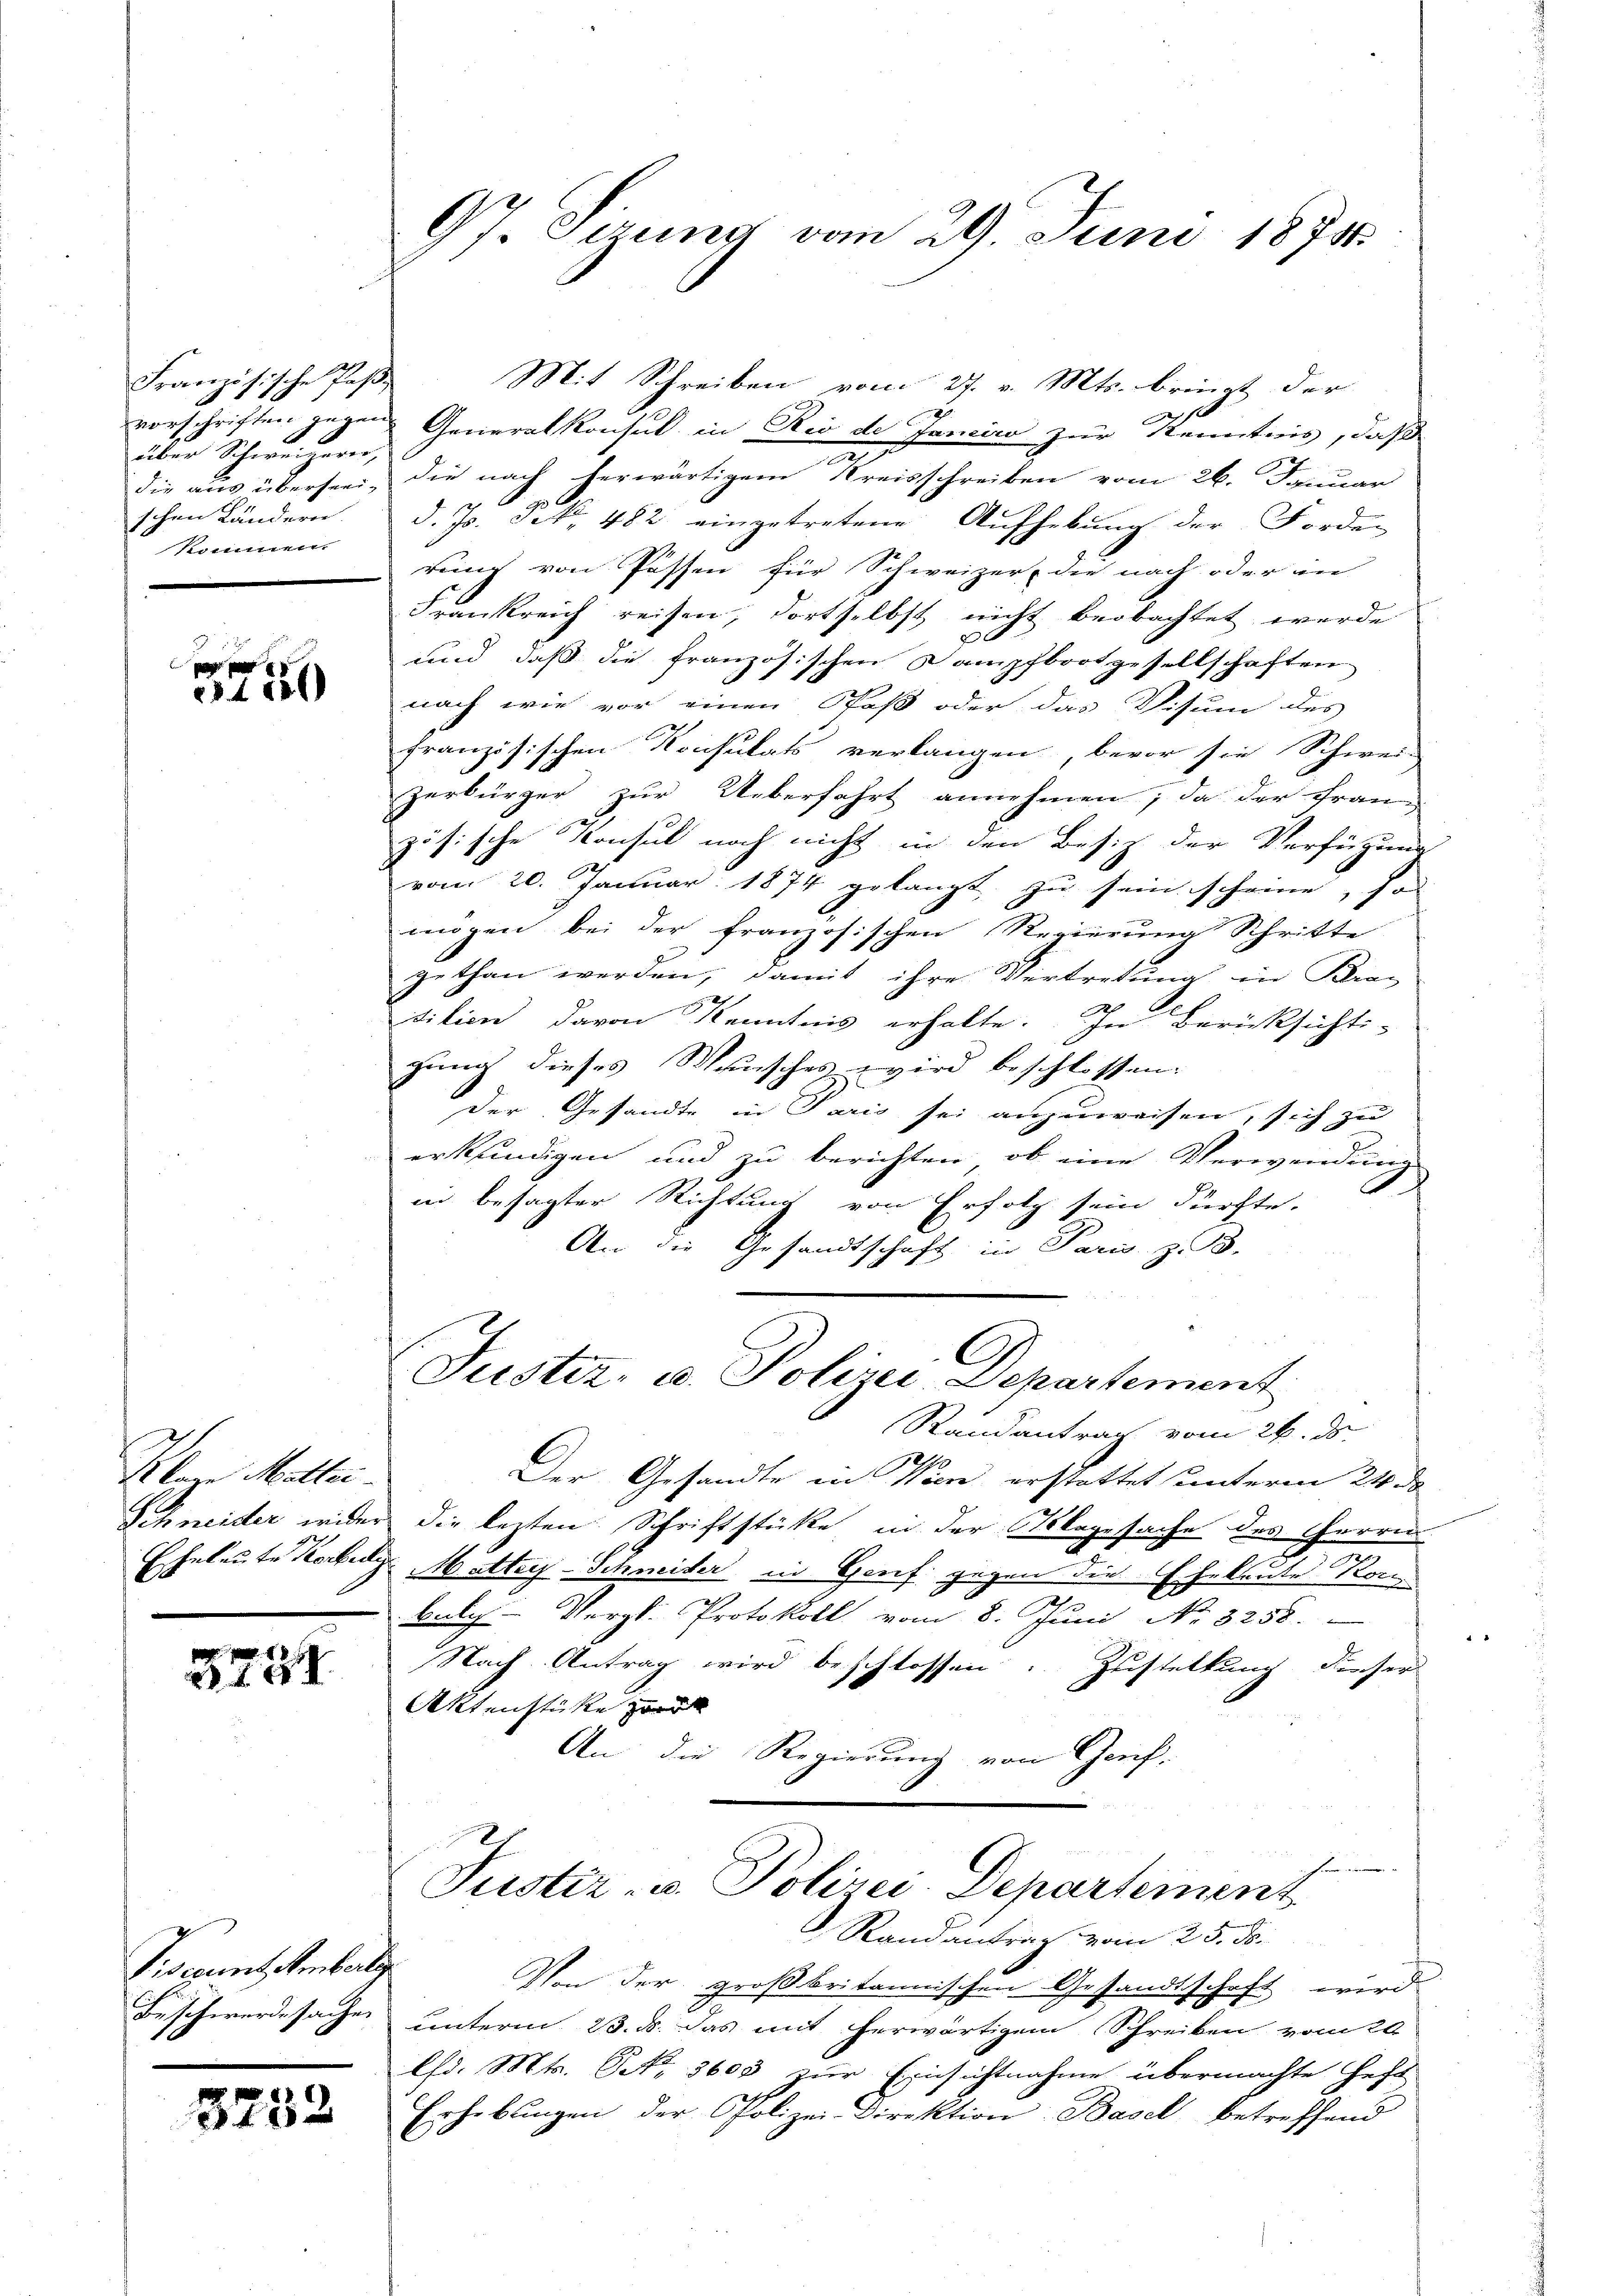
Französische Pas
vorschriften gegen
8
über Schweizern,
schen Ländern.
Kommen.

3750

Klar Mallei
Schneider wider
Eheleute Kerkei

3751

Viserint. Ambertig
Beschwerde sachen

3232

97. Serung vom 29. Juni 18706

Mit Schreiben vom 27. v. Mts. bringt der
Generalkonsul in Rio de Janeiro zur Kenntnis, daß
die aus übersee, die nach herwärtigem Kreisschreiben vom 26. Januar
d. Js. Frk. 482. eingetretene Aufhebung der Forden
rung von Possen für Schweizer, die nach oder in
Frankreich reisen, dortselbst nicht beobachtet werde
f
und dass die französischen Dampfbootgesellschaften.
nach wie vor einen Paß oder das Visum des
französischen Konsulats verlangen, bevor sie Schwei-
zerbürger zur Ueberfahrt annehmen, da der Franz
zösische Konsul noch nicht in den Besiz der Verfügung
vom 20. Januar 1874 gelangt, zu sein scheine, so
mögen bei der französischen Regierŭng Schritte
gethan werden, damit ihre Vertretung in Brac
sition davon Kenntnis erhalte. In Berücksichti-
gung dieses Wunsches wird beschlossen.
der Gesandte in Paris sei anzuweisen, sich zu
erkundigen und zu berichten, ob eine Verwendung
Ah
in besagter Richtung von Erfolg sein dürfte.
An die Gesandtschaft in Paris, z. B.
Justiz- u. Polizei Departement
Randantrag vom 26. ds.
Der Gesandte in Wien erstattet unterm 24 de
die lezten Schriftstücke, in der Ablagesache des Herrn
Matter-Schmeider in Genf gegen die Eheleute Korn
bulg- Vergl. Protokoll vom 8. Juni No 3258.
Nach Antrag wird beschlossen. Zustellung dieser
Aktenstücke zwar
An die Regierung von Genf-
Justiz- u. Polizei-Departement
Randantrag vom 25. ds.
Von der großbritannischen Gesandtschaft wird
unterm 23. ds. das mit herwärtigem Schreiben vom 20.
Chd. Mts. Art. 3600 zur Einsichtnahme übermachte Heft
Erhebŭngen der Polizei Direktion Basel betreffend